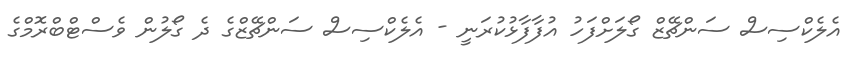
އެލެކްސިސް ސަންޗޭޒް ގޯލަށްފަހު އުފާފާޅުކުރަނީ - އެލެކްސިސް ސަންޗޭޒްގެ ދެ ގޯލުން ވެސްޓްބްރޮމްގެ